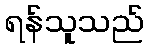
ရန်သူသည်